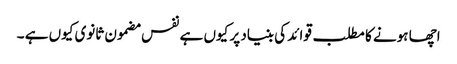
اچھا ہونے کا مطلب قوائد کی بنیاد پر کیوں ہے نفس مضمون ثانوی کیوں ہے ۔